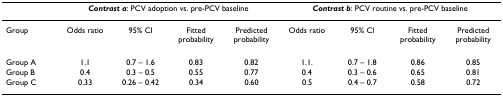
<table><thead><tr><td></td><td colspan="4"><b><i>Contrast a</i>: PCV adoption vs. pre-PCV baseline</b></td><td colspan="4"><b><i>Contrast b</i>: PCV routine vs. pre-PCV baseline</b></td></tr></thead><tbody><tr><td>Group</td><td>Odds ratio</td><td>95% CI</td><td>Fitted probability</td><td>Predicted probability</td><td>Odds ratio</td><td>95% CI</td><td>Fitted probability</td><td>Predicted probability</td></tr><tr><td>Group A</td><td>1.1</td><td>0.7 – 1.6</td><td>0.83</td><td>0.82</td><td>1.1.</td><td>0.7 – 1.8</td><td>0.86</td><td>0.85</td></tr><tr><td>Group B</td><td>0.4</td><td>0.3 – 0.5</td><td>0.55</td><td>0.77</td><td>0.4</td><td>0.3 – 0.6</td><td>0.65</td><td>0.81</td></tr><tr><td>Group C</td><td>0.33</td><td>0.26 – 0.42</td><td>0.34</td><td>0.60</td><td>0.5</td><td>0.4 – 0.7</td><td>0.58</td><td>0.72</td></tr></tbody></table>